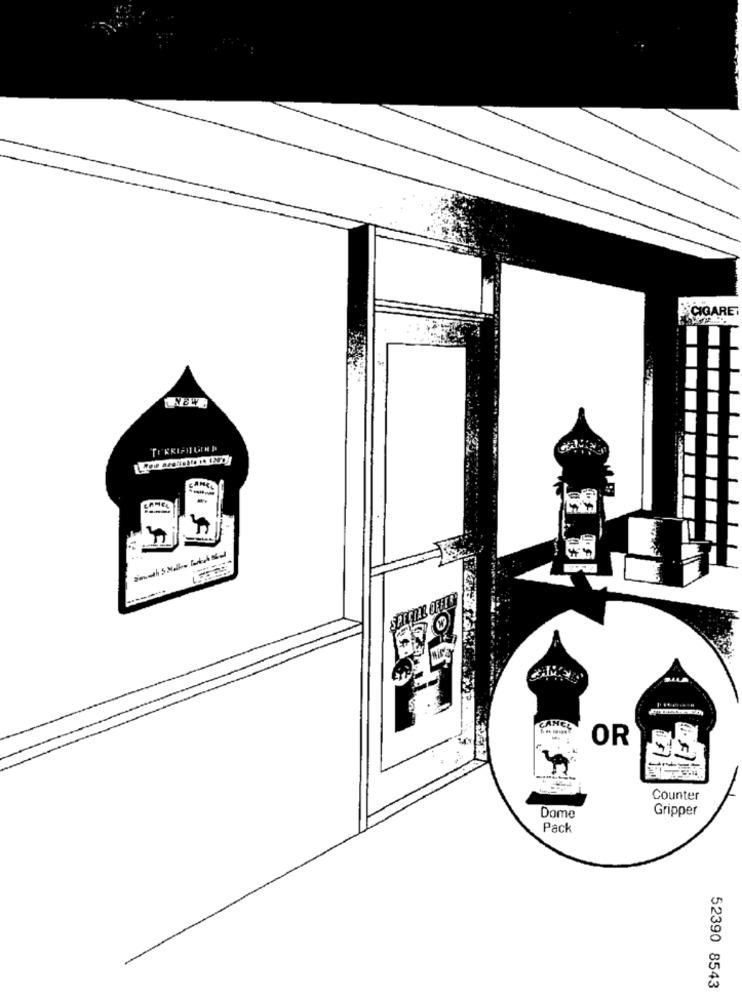
CIGARE
SPECIAL OFIE
OR
Counter
Gripper
Dome
Pack
52390 8543